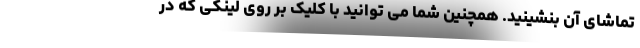
تماشای آن بنشینید. همچنین شما می توانید با کلیک بر روی لینکی که در